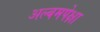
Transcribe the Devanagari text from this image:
अल्बमपेक्षा